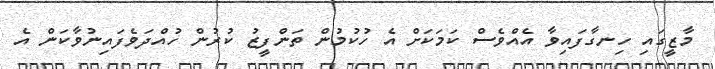
މާޒީގައި ހިނގާފައިވާ އެއްވެސް ކަމަކަށް އެ ހުކުމުން ތަންފީޒު ކުރުން ހުއްދަވެފައިނުވާކަން އެ